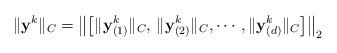
LaTeX: \begin{align*}\|{\bf y}^k\|_C=\left\|\left[\|{\bf y}^k_{(1)}\|_C,\,\|{\bf y}^k_{(2)}\|_C,\cdots,\|{\bf y}^k_{(d)}\|_C \right] \right\|_2\end{align*}